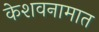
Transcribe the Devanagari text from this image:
केशवनामात